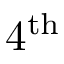
4 ^ { \mathrm { t h } }